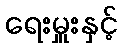
ရေးမှူးနှင့်